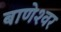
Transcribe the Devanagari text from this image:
बाणेश्‍वर